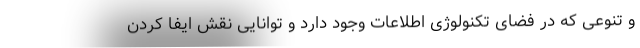
و تنوعی که در فضای تکنولوژی اطلاعات وجود دارد و توانایی نقش ایفا کردن